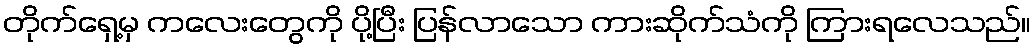
တိုက်ရှေ့မှ ကလေးတွေကို ပို့ပြီး ပြန်လာသော ကားဆိုက်သံကို ကြားရလေသည်။